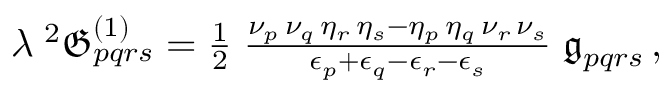
\begin{array} { r } { \lambda \; ^ { 2 } \mathfrak { G } _ { p q r s } ^ { ( 1 ) } = \frac { 1 } { 2 } \; \frac { \nu _ { p } \, \nu _ { q } \, \eta _ { r } \, \eta _ { s } - \eta _ { p } \, \eta _ { q } \, \nu _ { r } \, \nu _ { s } } { \epsilon _ { p } + \epsilon _ { q } - \epsilon _ { r } - \epsilon _ { s } } \; \mathfrak { g } _ { p q r s } \, , } \end{array}